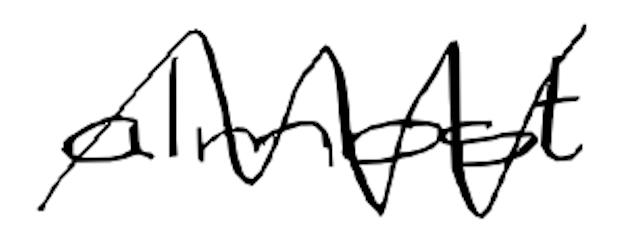
Text: almost
Cross-out: zig-zag
Writing tool: digital_black